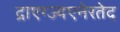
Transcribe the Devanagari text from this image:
द्राएग्ज्यएनेरतेद